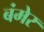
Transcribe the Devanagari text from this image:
बंमेर